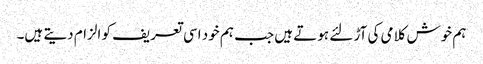
ہم خوش کلامی کی آڑ لئے ہوتے ہیں جب ہم خود اسی تعریف کو الزام دیتے ہیں۔